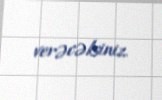
verəcəksiniz.